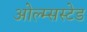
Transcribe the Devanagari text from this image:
ओल्म्सस्टेड